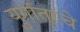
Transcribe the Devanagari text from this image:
युगांतरचे